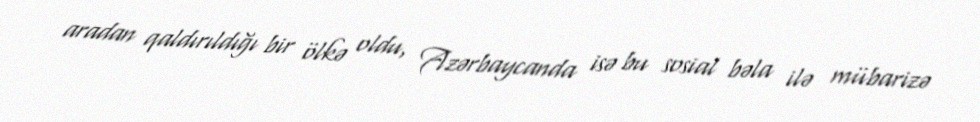
aradan qaldırıldığı bir ölkə oldu, Azərbaycanda isə bu sosial bəla ilə mübarizə